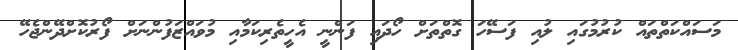
މަސައްކަތްތައް ކުރުމުގައި ލުއި ފަސޭހަ ގޮތްތަށް ހޯދައި ފަންނީ އެހީތެރިކަމާއި މުވައްޒަފުންނަށް ފޯރުކޮށްދޭންޖެހޭ